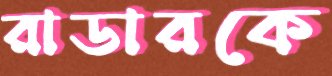
রাডারকে